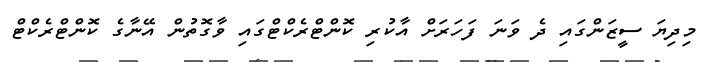
މިދިޔަ ސީޒަންގައި ދެ ވަނަ ފަހަރަށް އާކުރި ކޮންޓްރެކްޓްގައި ވާގޮތުން އޭނާގެ ކޮންޓްރެކްޓް